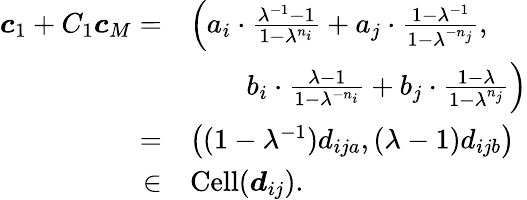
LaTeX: \begin{array}{rl}{\boldsymbol{c}_{1}+C_{1}\boldsymbol{c}_{M}=}&{\left(a_{i}\cdot\frac{\lambda^{-1}-1}{1-\lambda^{n_{i}}}+a_{j}\cdot\frac{1-\lambda^{-1}}{1-\lambda^{-n_{j}}},\right.}\\ &{\quad\quad\left.b_{i}\cdot\frac{\lambda-1}{1-\lambda^{-n_{i}}}+b_{j}\cdot\frac{1-\lambda}{1-\lambda^{n_{j}}}\right)}\\ {=}&{\left((1-\lambda^{-1})d_{ija},(\lambda-1)d_{ijb}\right)}\\ {\in}&{\operatorname{Cell}(\boldsymbol{d}_{ij}).}\end{array}